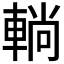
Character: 𨌩